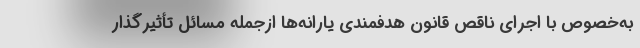
به‌خصوص با اجرای ناقص قانون هدفمندی یارانه‌ها ازجمله مسائل تأثیرگذار